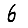
Digit: 6